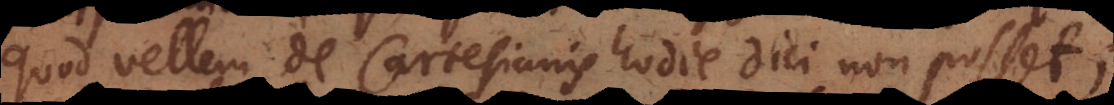
quod vellem de Cartesianis hodie dici non posset;